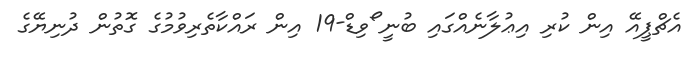
އެޗްޕީއޭ އިން ކުރި އިޢުލާނެއްގައި ބުނީ ޯވިޑް-19 އިން ރައްކާތެރިވުމުގެ ގޮތުން ދުނިޔޭގެ